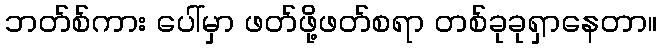
ဘတ်စ်ကား ပေါ်မှာ ဖတ်ဖို့ဖတ်စရာ တစ်ခုခုရှာနေတာ။